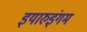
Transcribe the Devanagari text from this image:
इयारुइंगम